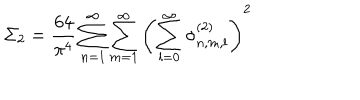
\Sigma _ { 2 } = \frac { 6 4 } { \pi ^ { 4 } } \sum _ { n = 1 } ^ { \infty } \sum _ { m = 1 } ^ { \infty } \left( \sum _ { l = 0 } ^ { \infty } \sigma _ { n , m , l } ^ { ( 2 ) } \right) ^ { 2 }